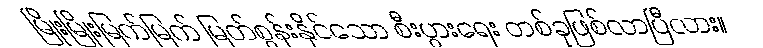
မြိုးမြိုးမြက်မြက် မြတ်စွန်းနိုင်သော စီးပွားရေး တစ်ခုဖြစ်လာပြီလား။